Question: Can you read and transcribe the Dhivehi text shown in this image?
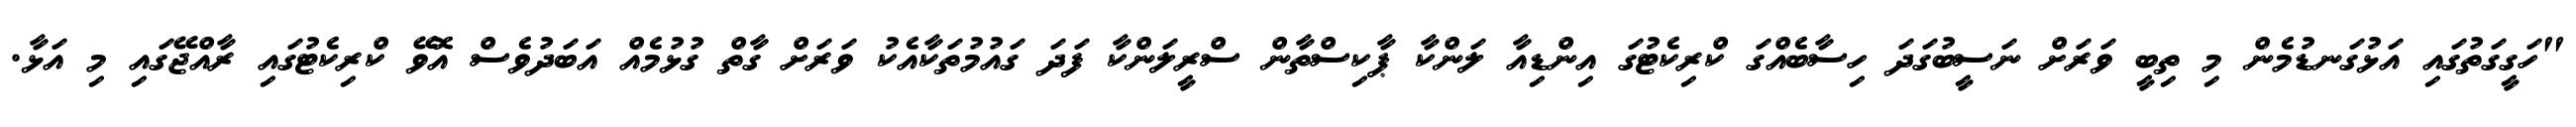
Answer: "ހަގީގަތުގައި އަޅުގަނޑުމެން މި ތިބީ ވަރަށް ނަސީބުގަދަ ހިސާބެއްގަ ކްރިކެޓުގަ އިންޑިއާ ލަންކާ ޕާކިސްތާން ސްރީލަންކާ ފަދަ ގައުމުތަކާއެކު ވަރަށް ގާތް ގުޅުމެއް އަބަދުވެސް އޮވޭ ކްރިކެޓުގައި ރާއްޖޭގައި މި އަޅާ.